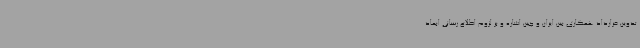
تدوین قرارداد همکاری بین ایران و چین اشاره و بر لزوم اطلاع رسانی ابعاد